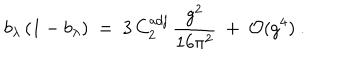
b _ { \lambda } \, ( 1 - b _ { \lambda } ) \ = \ 3 \, C _ { 2 } ^ { \mathrm { a d j } } \, { \frac { g ^ { 2 } } { 1 6 \pi ^ { 2 } } } \ + \ { \cal O } ( g ^ { 4 } ) \ .